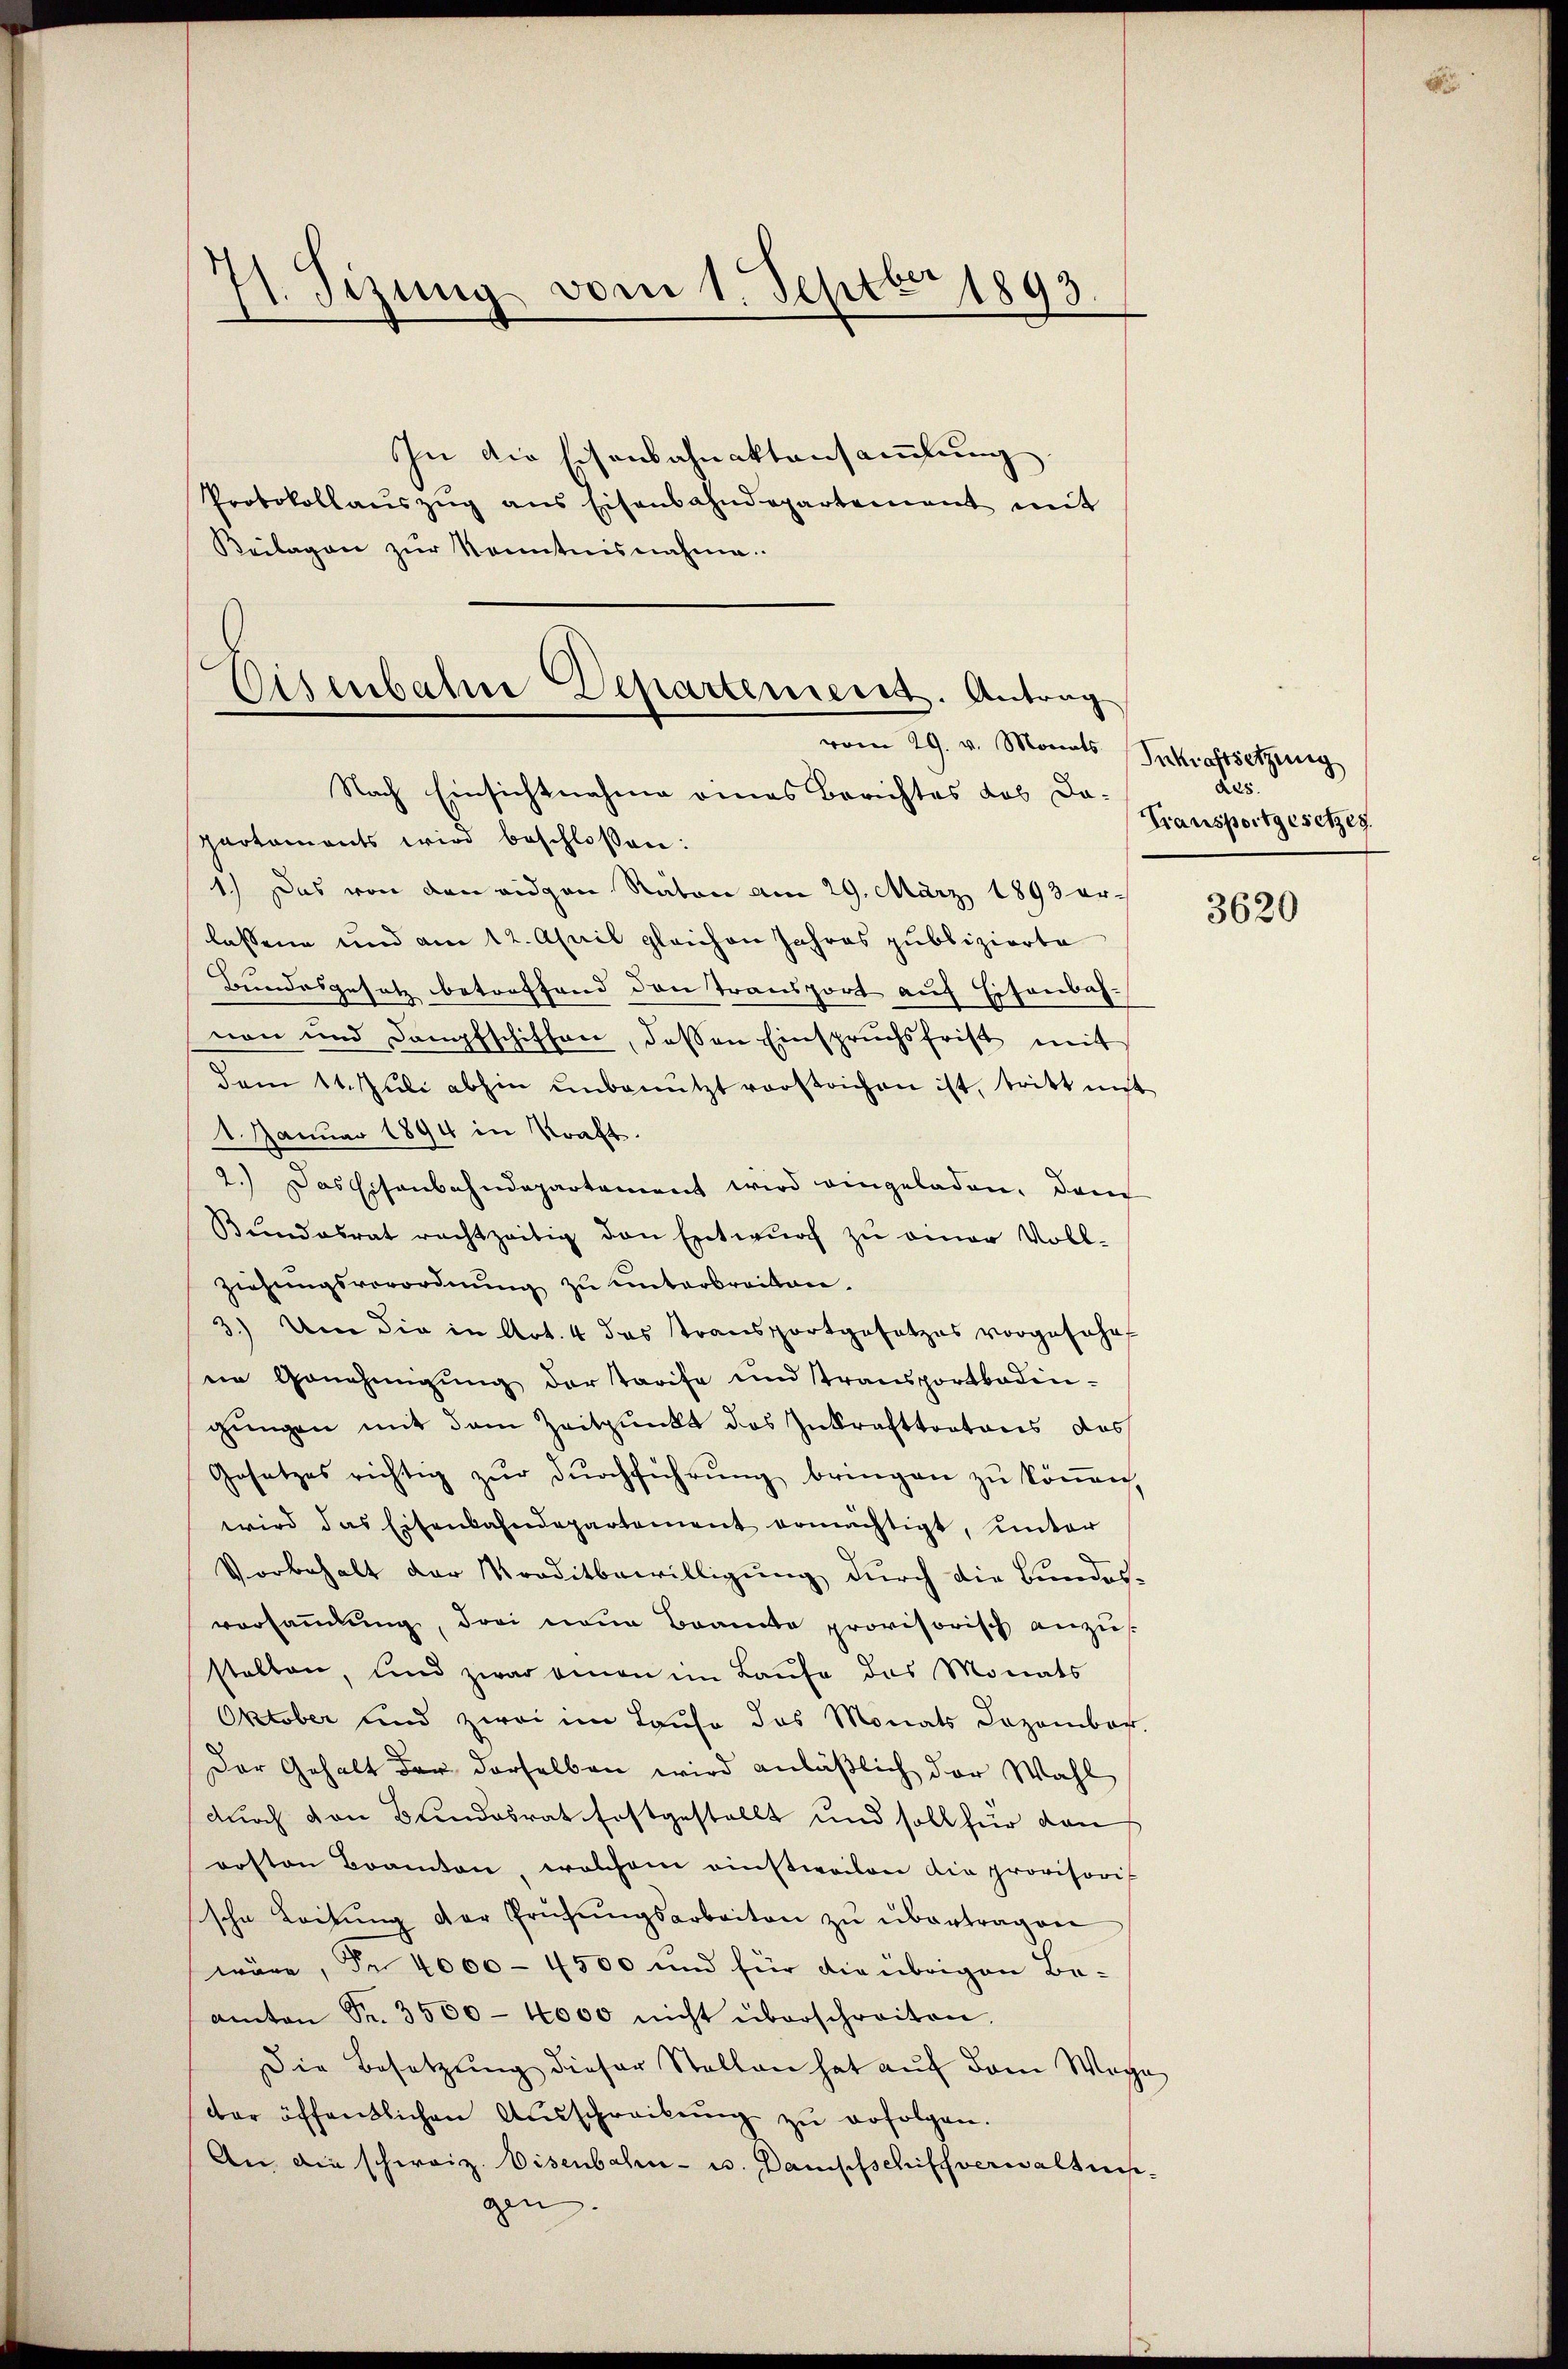
1. Sizung vom 1. Septbr 1893.

In die Eisenbahnaktansammlung
Protokollaŭszŭg ans Eisenbahndepartement mit
Beilagen zur Kenntnisnahme

Eisenbahre Departement. Antrag
vom 29. v. Monats

Nach Einsichtnahme eines Berichtes das Da-
partaments wird beschlossen:
1.) Das von den eidgen Raten am 29. März 1893 erlassene und am 12. April gleichen Jahres publizierte
Bundesgesetz betreffend den Transport auf Eisenbahnon und Dampfschiffen, dassen Einspruchsfrist mit
dam 11. Juli abhin unbenützt vorstrichen ist, tritt mit
1. Januar 1894 in Kraft.
2.) Das Eisenbahndepartement wird eingeladen. Dem
Bŭndesrat rechtzeitig den Entwŭrf zŭ einer Voll-
ziehungsverordnŭng zu unterbreiten.
3.) Um die in Art. 4 das Transportgesetzes vorgefahrt
ne Genehmigŭng der Tarife und transportboden-
gŭngen mit dem Zeitpunkt das Inkrafttratons das
Gesetzes richtig zŭr dŭrchführŭng bringen zŭ köṅen,
wird das Eisenbahndepartement ermächtigt, unter
Vorbehalt der Traditbewilligung durch die Bundes-
vorsammlung, drei neue Beamte provisorisch anzus
stalten, und zwar einen im Laufe das Monats
Oktober und zwei im Laufe das Monats Dozambar.
Der Gehalt der derselben wird anläßlich der Wahl
durch von Bundesrat festgestellt und soll für dan
orsten Beamten, welchem einstweilen die provisoris
sche Leitŭng der Prüfŭngsarbeiten zŭ übertragen
wäre, Fr. 4000 - 4500 und für die übrigen Be-
anton Fr. 3500 - 4000 nicht überschreiten.
Die Besetzŭng dieser Stellen hat aŭf dem Wage
der öffentlichen Ausschreibung zu erfolgen.
An die schweiz. Visenbahn- u. Dampfschiffverwaltun
gen. |

Inkraftsetzung
225.
Transportgesetzen.

3620

A